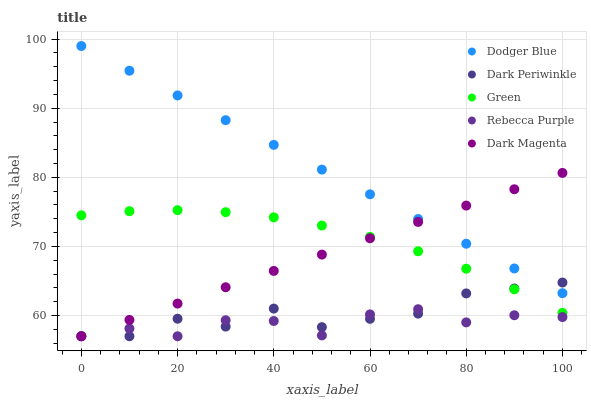
| xaxis_label | Dodger Blue | Dark Periwinkle | Green | Rebecca Purple | Dark Magenta |
 | --- | --- | --- | --- | --- | --- |
 | 0 | 99 | 57 | 74.5 | 57 | 57 |
 | 10 | 95.4 | 57 | 75.1 | 58.1 | 59.4 |
 | 20 | 91.8 | 59.5 | 75.2 | 57 | 61.7 |
 | 30 | 88.3 | 58.4 | 75 | 59.3 | 64.1 |
 | 40 | 84.7 | 61 | 74.2 | 59.2 | 66.5 |
 | 50 | 81.1 | 58.3 | 73 | 57.1 | 68.8 |
 | 60 | 77.5 | 59.5 | 71.4 | 60.2 | 71.2 |
 | 70 | 74 | 60.3 | 69.3 | 60.9 | 73.5 |
 | 80 | 70.4 | 63.2 | 66.8 | 59 | 75.9 |
 | 90 | 66.8 | 63.9 | 63.8 | 60 | 78.3 |
 | 100 | 63.2 | 64.8 | 60.4 | 59.8 | 80.6 |